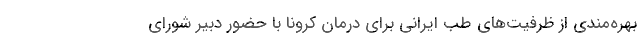
بهره‌مندی از ظرفیت‌های طب ایرانی برای درمان کرونا با حضور دبیر شوراى